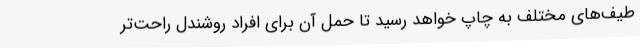
طیف‌های مختلف به چاپ خواهد رسید تا حمل آن برای افراد روشندل راحت‌تر